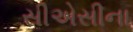
સીએસીના